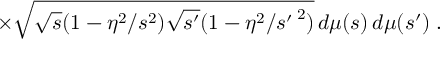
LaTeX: \times \sqrt { \sqrt { s } ( 1 - \eta ^ { 2 } / s ^ { 2 } ) \sqrt { s ^ { \prime } } ( 1 - \eta ^ { 2 } / { s ^ { \prime } \, } ^ { 2 } ) } \, d \mu ( s ) \, d \mu ( s ^ { \prime } ) \; .